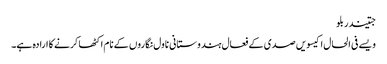
جتیندر بلو
ویسے فی الحال اکیسویں صدی کے فعال ہندوستانی ناول نگاروں کے نام اکٹھا کرنے کا ارادہ ہے۔